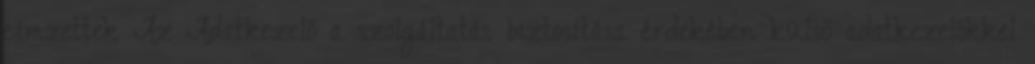
címzettek Az Adatkezelő a szolgáltatás biztosítása érdekében külső adatkezelőkkel